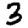
Digit: 3